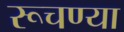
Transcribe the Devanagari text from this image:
रूचण्या